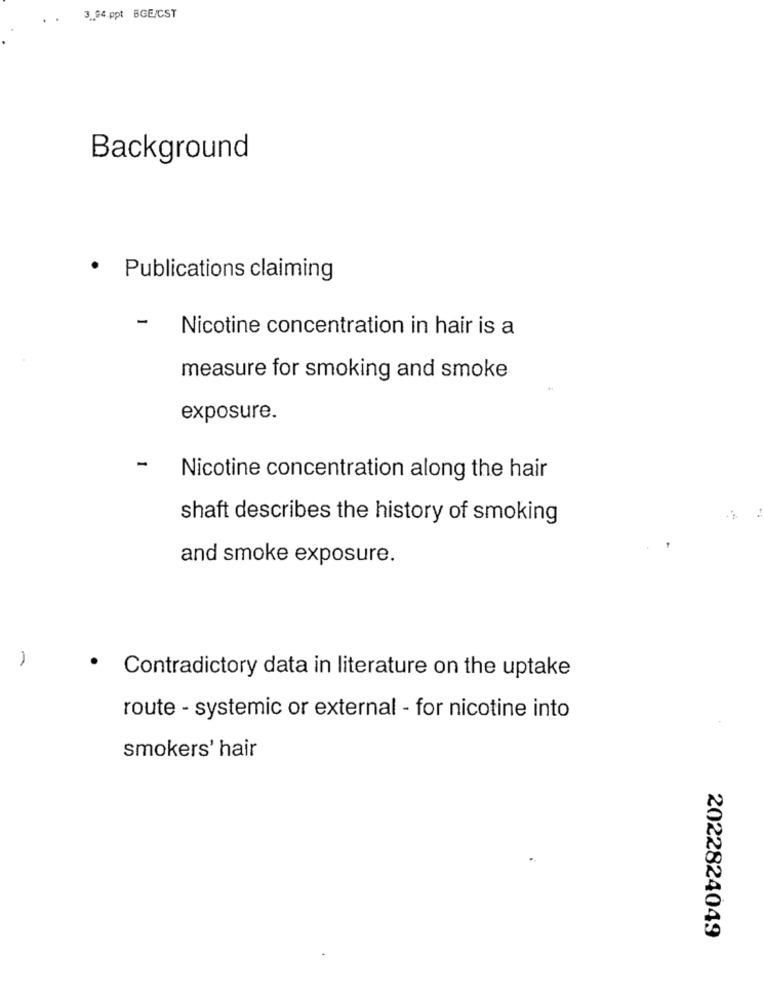
3 ., 84.ppt BGE/CST
Background
· Publications claiming
-
Nicotine concentration in hair is a
measure for smoking and smoke
exposure.
-
Nicotine concentration along the hair
shaft describes the history of smoking
and smoke exposure.
1
· Contradictory data in literature on the uptake
route - systemic or external - for nicotine into
smokers' hair
2022824049